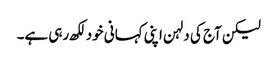
لیکن آج کی دلہن اپنی کہانی خود لکھ رہی ہے۔